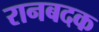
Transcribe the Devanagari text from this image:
रानबदक